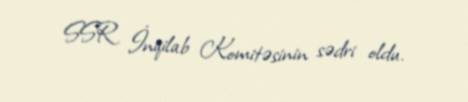
SSR İnqilab Komitəsinin sədri oldu.